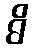
ဓိ